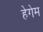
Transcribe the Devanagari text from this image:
हेगेम